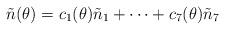
LaTeX: \begin{align*}\tilde{n}(\theta)=c_1(\theta){\tilde n}_1+\cdots+c_7(\theta){\tilde n}_7\end{align*}